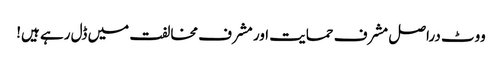
ووٹ دراصل مشرف حمایت اور مشرف مخالفت میں ڈل رہے ہیں!